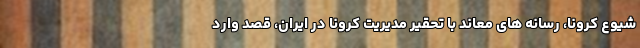
شیوع کرونا، رسانه های معاند با تحقیر مدیریت کرونا در ایران، قصد وارد